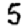
Digit: 5